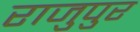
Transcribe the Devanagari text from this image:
राजुपुर